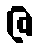
ဇ